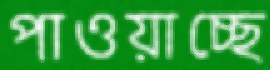
পাওয়াচ্ছে